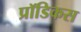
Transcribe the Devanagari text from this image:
प्रॉडिकस